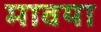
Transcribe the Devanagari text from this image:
मावया